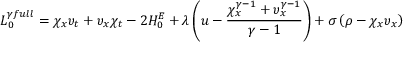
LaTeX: { \cal L } _ { 0 } ^ { \gamma f u l l } = \chi _ { x } \upsilon _ { t } + \upsilon _ { x } \chi _ { t } - 2 { \cal H } _ { 0 } ^ { E } + \lambda \left( u - \frac { \chi _ { x } ^ { \gamma - 1 } + \upsilon _ { x } ^ { \gamma - 1 } } { \gamma - 1 } \right) + \sigma \left( \rho - \chi _ { x } \upsilon _ { x } \right)